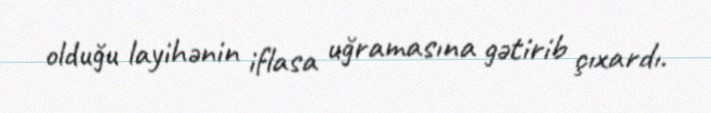
olduğu layihənin iflasa uğramasına gətirib çıxardı.